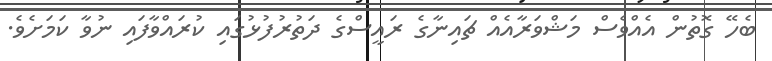
ބެހޭ ގޮތުން އެއްވެސް މަޝްވަރާއެއް ޗައިނާގެ ރައީސްގެ ދަތުރުފުޅުގައި ކުރައްވާފައި ނުވާ ކަމަށެވެ.